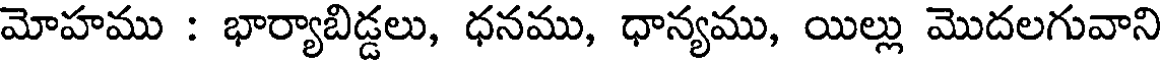
మోహము : భార్యాబిడ్డలు, ధనము, ధాన్యము, యిల్లు మొదలగువాని